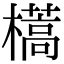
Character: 𣝏